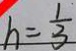
h = \frac { 1 } { 3 }